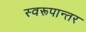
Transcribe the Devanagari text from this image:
स्वरूपान्तर